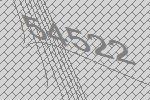
54522